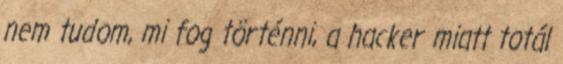
nem tudom, mi fog történni, a hacker miatt totál